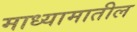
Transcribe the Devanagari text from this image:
माध्यामातील